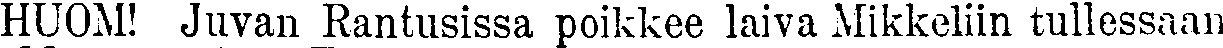
HUOM! Juvan Rantusissa poikkee laiva Mikkeliin tullessaan